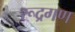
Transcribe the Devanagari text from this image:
रूद्रगण